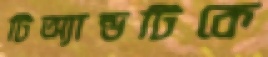
টিঅ্যান্ডটিকে